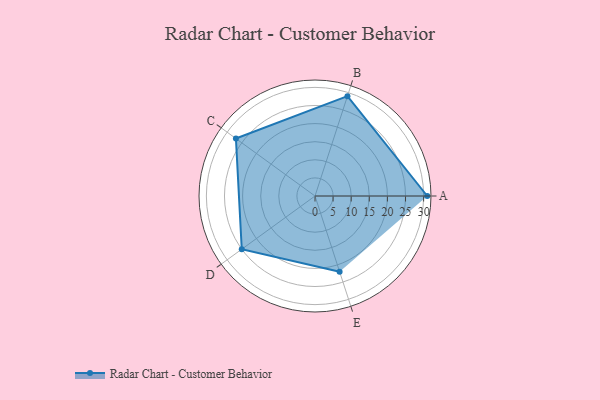
{"axis": {"x": "Skill", "y": "Score"}, "legend": ["Profile"], "data": [{"x": "A", "y": 31.0, "type": "Profile"}, {"x": "B", "y": 29.0, "type": "Profile"}, {"x": "C", "y": 27.0, "type": "Profile"}, {"x": "D", "y": 25.0, "type": "Profile"}, {"x": "E", "y": 22.0, "type": "Profile"}]}